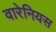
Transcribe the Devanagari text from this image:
वारेनियस